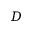
D